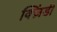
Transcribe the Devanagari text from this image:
क्ज़िंडी